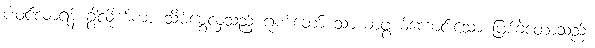
ပါဝင်လာရန် ခွာလိုက်ကာ သိမ်မွေ့လှသည့် ဂုဏ်တော် သာယာဖွယ်ကောင်းသော ဖြစ်ခဲ့တော့သည်